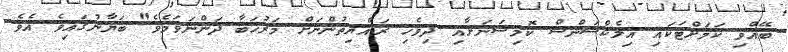
ބޭއްވި ކަމަށްޓަކައި އިލެކްޝަންސް ކޮމިޝަނަށާއި ދިވެހި ރައްޔިތުންނަށް މަރުހަބާ ދަންނަވަމެވެ" ބަޔާނުގައިވެ އެވެ.